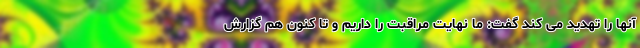
آنها را تهدید می کند گفت: ما نهایت مراقبت را داریم و تا کنون هم گزارش